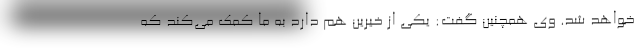
خواهد شد. وی همچنین گفت: یکی از خیرین هم دارد به ما کمک می‌کند که